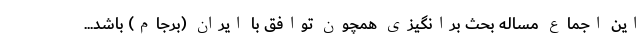
این اجماع مساله بحث برانگیزی همچون توافق با ایران (برجام) باشد...